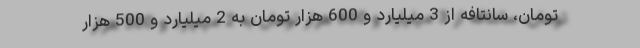
تومان، سانتافه از 3 میلیارد و 600 هزار تومان به 2 میلیارد و 500 هزار